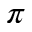
\pi